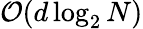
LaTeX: \mathcal{O}(d\log_{2}N)